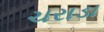
ચરાડા